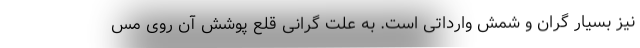
نیز بسیار گران و شمش وارداتی است. به علت گرانی قلع پوشش آن روی مس